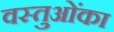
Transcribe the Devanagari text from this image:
वस्तुओंका